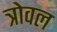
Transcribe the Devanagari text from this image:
त्रोवल